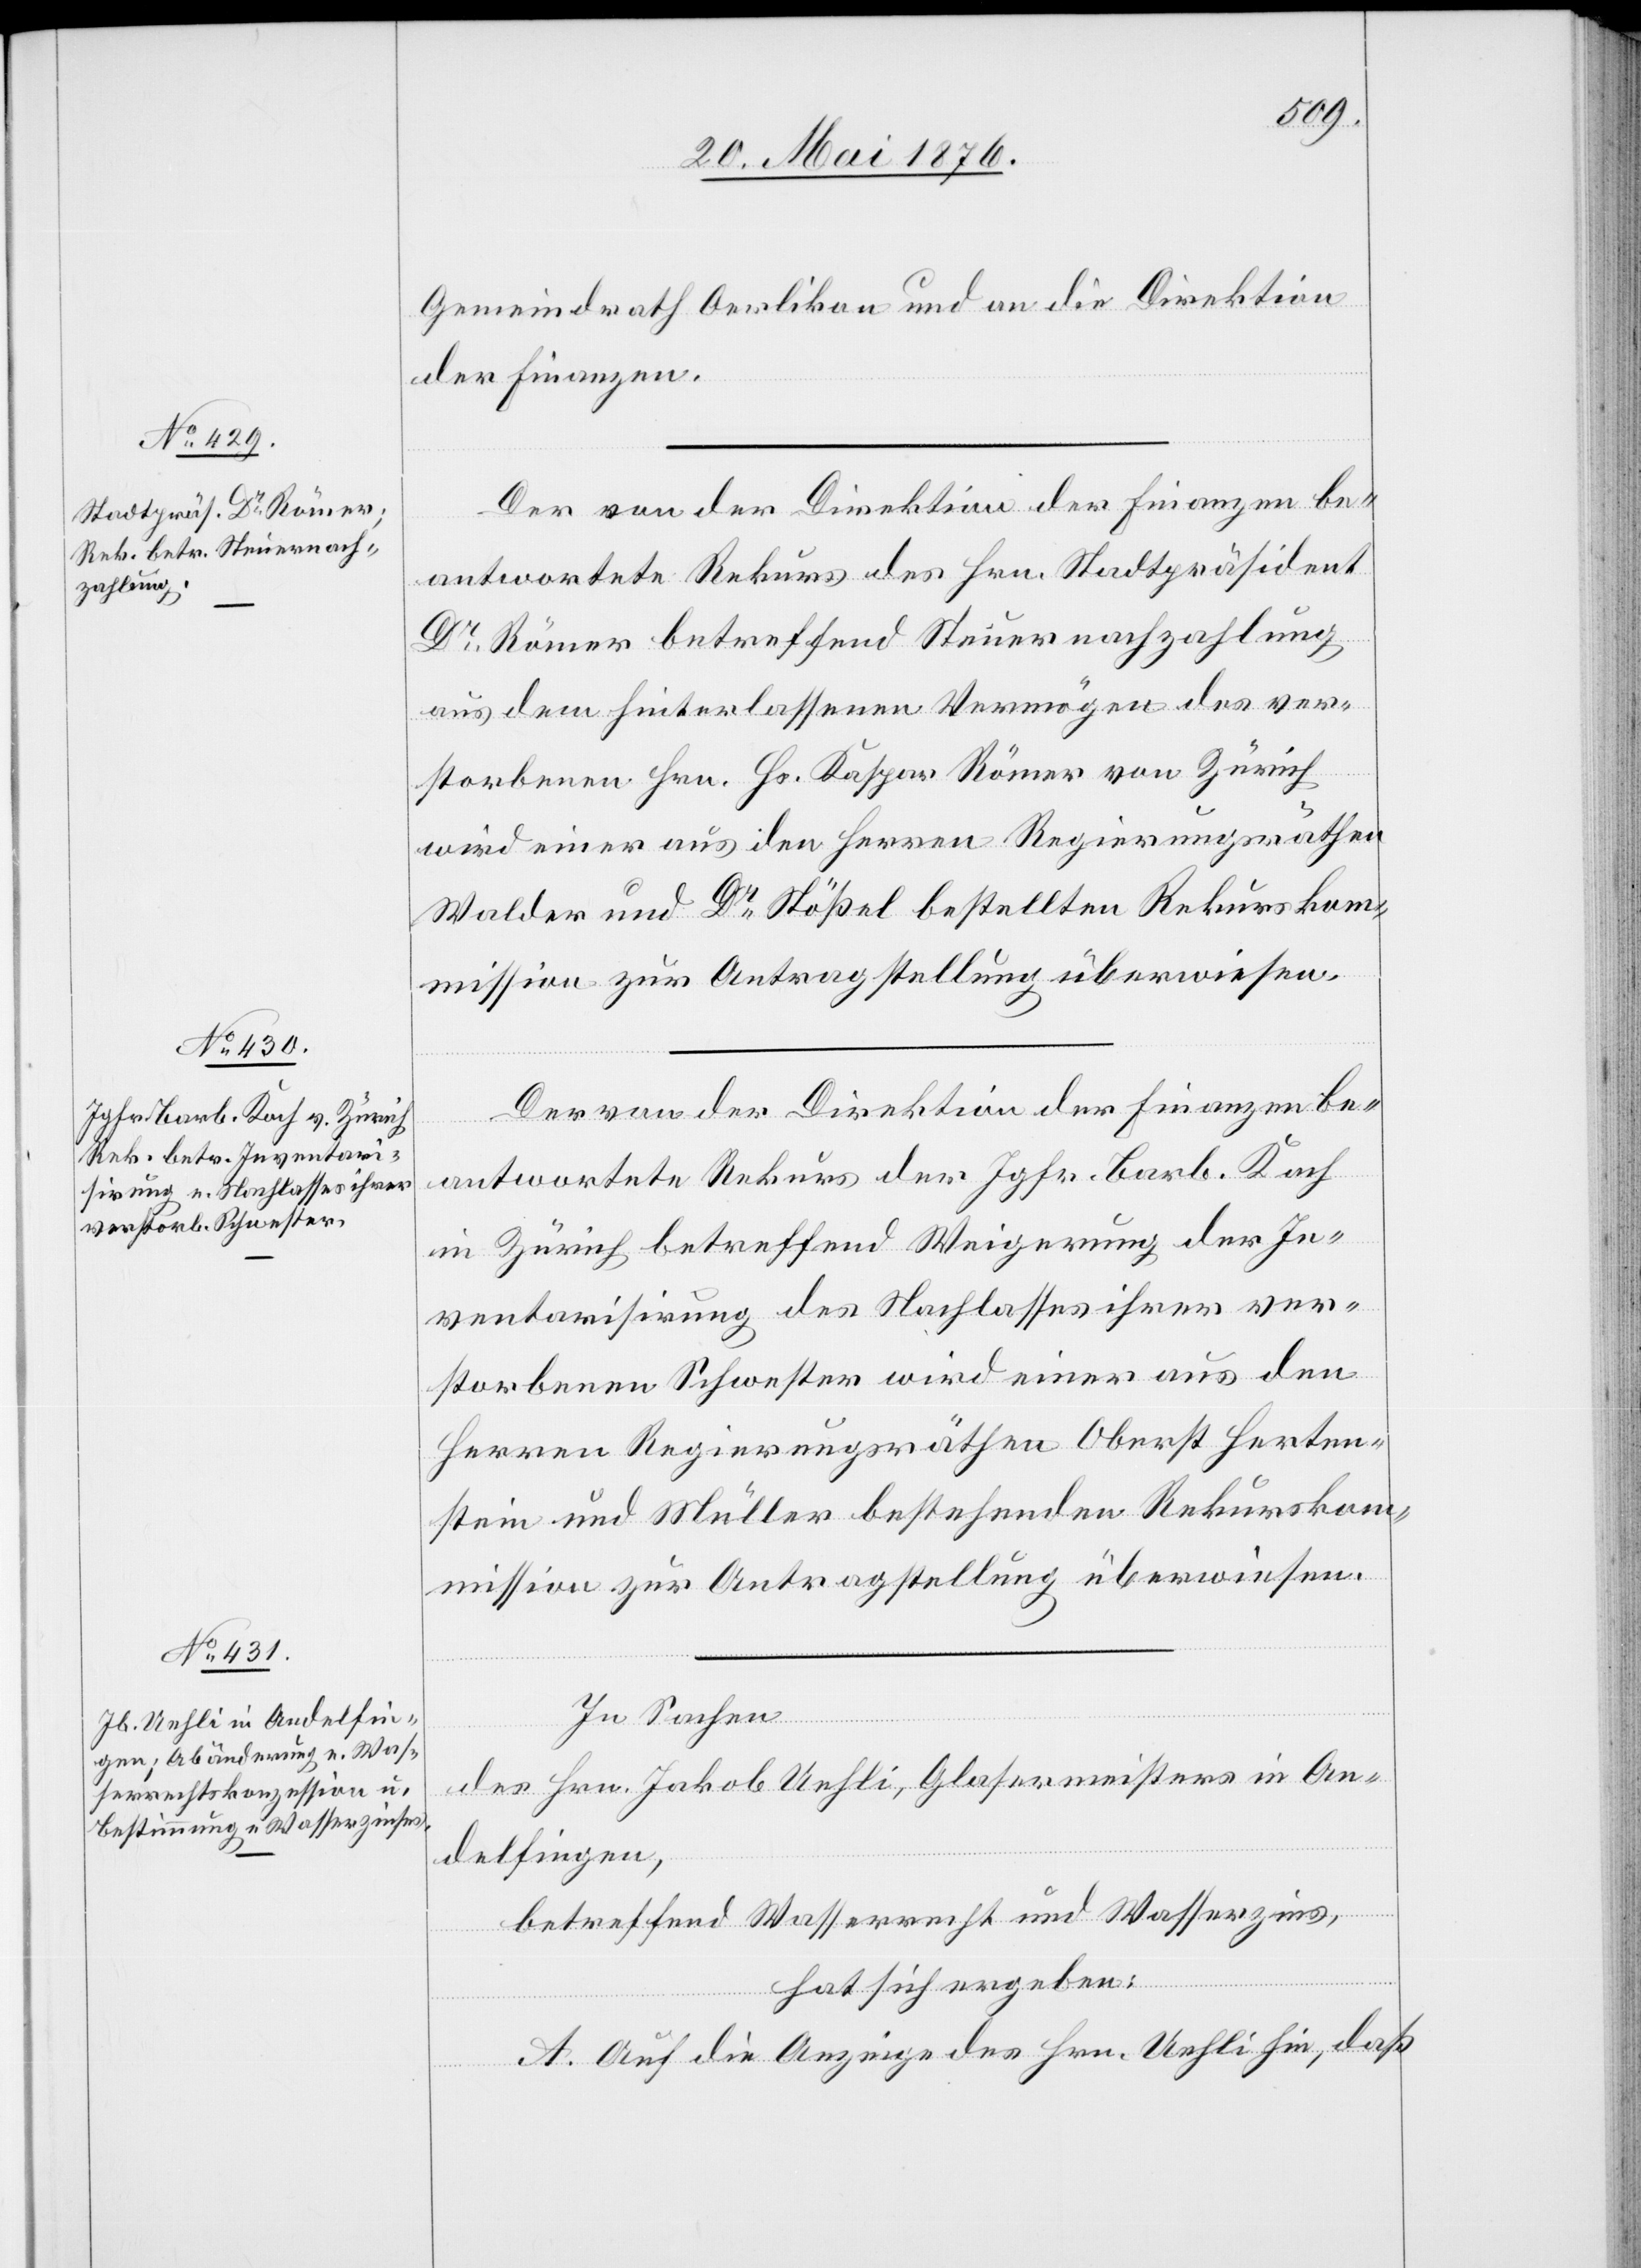
Gemeindrath Oerlikon und an die Direktion
der Finanzen.
Der von der Direktion der Finanzen be¬
antwortete Rekurs des Hrn. Stadtpräsident
Dr Römer betreffend Steuernachzahlung
aus dem hinterlassenen Vermögen des ver¬
storbenen Hrn. Hs. Kaspar Römer von Zürich
wird einer aus den Herren Regierungsräthen
Walder und Dr Stößel bestellten Rekurskom¬
mission zur Antragstellung überwiesen.
Der von der Direktion der Finanzen be¬
antwortete Rekurs der Jgfr. Barb. Koch
in Zürich betreffend Weigerung der In¬
ventarisirung des Nachlasses ihrer ver¬
storbenen Schwester wird einer aus den
Herren Regierungsräthen Oberst Herten¬
stein und Müller bestehenden Rekurskom¬
mission zur Antragstellung überwiesen.
In Sachen
des Hrn. Jakob Uehli, Glasermeisters in An¬
delfingen,
betreffend Wasserrecht und Wasserzins,
hat sich ergeben:
A. Auf die Anzeige des Hrn. Uehli hin, daß